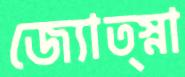
জ্যোত্স্না